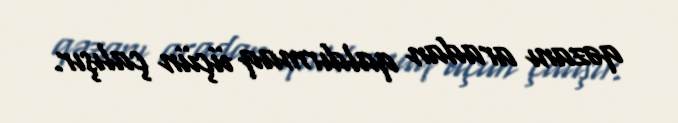
qəzanı aradan qaldırmaq üçün çalışır.